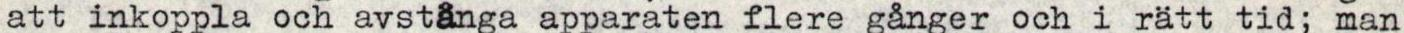
att inkoppla och avstänga apparaten flere gånger och i rätt tid; man